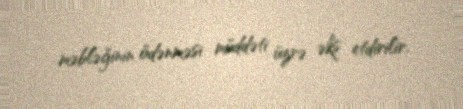
məbləğinin ödənməsi müddəti üzrə əks etdirilir.